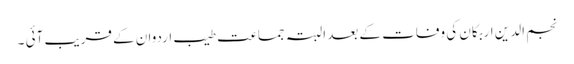
نجم الدین اربکان کی وفات کے بعد البتہ جماعت طیب اردوان کے قریب آئی ۔